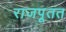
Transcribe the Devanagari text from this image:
राजपूतत